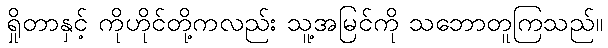
ရှိုတာနှင့် ကိုဟိုင်တို့ကလည်း သူ့အမြင်ကို သဘောတူကြသည်။